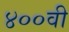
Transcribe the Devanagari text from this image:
४००वी